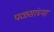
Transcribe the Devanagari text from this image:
पळसांच्या